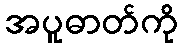
အပူဓာတ်ကို